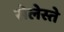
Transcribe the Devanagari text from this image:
सेलेस्ते